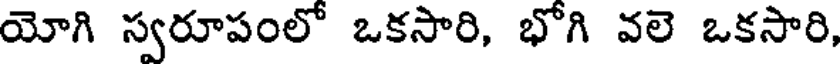
యోగి స్వరూపంలో ఒకసారి, భోగి వలె ఒకసారి,